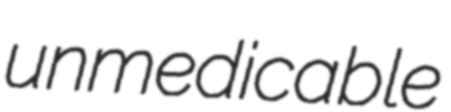
unmedicable